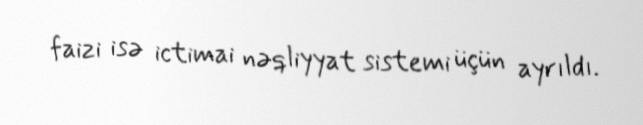
faizi isə ictimai nəqliyyat sistemi üçün ayrıldı.